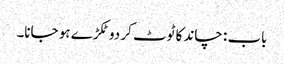
باب : چاند کا ٹوٹ کر دو ٹکڑے ہو جانا۔